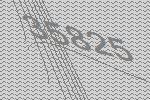
35825